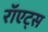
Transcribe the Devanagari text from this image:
रॉएट्स